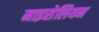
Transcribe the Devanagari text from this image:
माइसेलियम